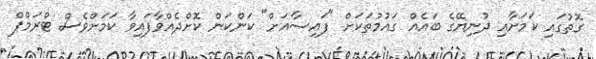
ގޮތުގައި ކަމަށާއި ދުނިޔޭގެ ބައެއް ގައުމުތަކަށް "ފައިސާއަށް" ކަންކަން ކޮށްދެއްވާފައިވާ ކަމަށްވެސް ޓްރަމްޕް